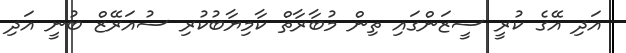
އަދި އޭގެ ކުރީ ސީޒަންގައި ތިން މުބާރާތް ކާމިޔާބުކުރި ސުއަރޭޒް ބުނީ އަދި